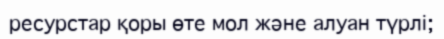
ресурстар қоры өте мол және алуан түрлі;